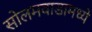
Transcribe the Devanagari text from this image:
सोलमवाडामध्ये